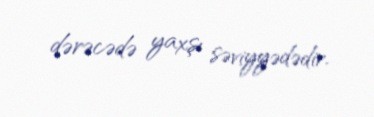
dərəcədə yaxşı səviyyədədir.